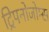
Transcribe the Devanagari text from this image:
ट्रिपनोजोम्स